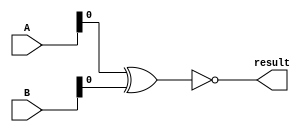
/*******************************************************************************
Project: 32-bit Out of Order MIPS Processor
Author: Adam Stenson
Module: comparator, compare two 6-bit numbers
Last Updated: December 23, 2018
*******************************************************************************/

module comparator(
    input [5:0] A,
    input [5:0] B,
    output wire result
    );

    wire [5:0] xor_out;
    xor(xor_out[5], A[5], B[5]);
    xor(xor_out[4], A[4], B[4]);
    xor(xor_out[3], A[3], B[3]);
    xor(xor_out[2], A[2], B[2]);
    xor(xor_out[1], A[1], B[1]);
    xor(xor_out[0], A[0], B[0]);
    nor(result, xor_out);
endmodule